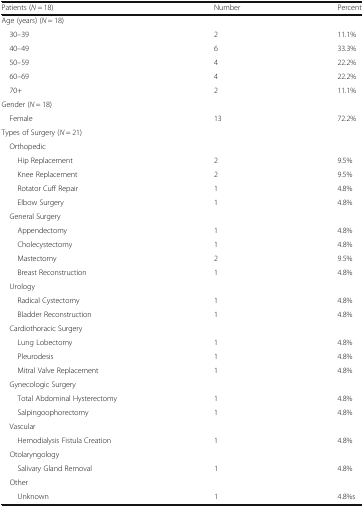
<table><thead><tr><td><b>Patients (<i>N</i> = 18)</b></td><td><b>Number</b></td><td><b>Percent</b></td></tr></thead><tbody><tr><td colspan="3">Age (years) (<i>N</i> = 18)</td></tr><tr><td> 30–39</td><td>2</td><td>11.1%</td></tr><tr><td> 40–49</td><td>6</td><td>33.3%</td></tr><tr><td> 50–59</td><td>4</td><td>22.2%</td></tr><tr><td> 60–69</td><td>4</td><td>22.2%</td></tr><tr><td> 70+</td><td>2</td><td>11.1%</td></tr><tr><td colspan="3">Gender (<i>N</i> = 18)</td></tr><tr><td> Female</td><td>13</td><td>72.2%</td></tr><tr><td colspan="3">Types of Surgery (<i>N</i> = 21)</td></tr><tr><td colspan="3"> Orthopedic</td></tr><tr><td>Hip Replacement</td><td>2</td><td>9.5%</td></tr><tr><td>Knee Replacement</td><td>2</td><td>9.5%</td></tr><tr><td>Rotator Cuff Repair</td><td>1</td><td>4.8%</td></tr><tr><td>Elbow Surgery</td><td>1</td><td>4.8%</td></tr><tr><td colspan="3"> General Surgery</td></tr><tr><td>Appendectomy</td><td>1</td><td>4.8%</td></tr><tr><td>Cholecystectomy</td><td>1</td><td>4.8%</td></tr><tr><td>Mastectomy</td><td>2</td><td>9.5%</td></tr><tr><td>Breast Reconstruction</td><td>1</td><td>4.8%</td></tr><tr><td colspan="3"> Urology</td></tr><tr><td>Radical Cystectomy</td><td>1</td><td>4.8%</td></tr><tr><td>Bladder Reconstruction</td><td>1</td><td>4.8%</td></tr><tr><td colspan="3"> Cardiothoracic Surgery</td></tr><tr><td>Lung Lobectomy</td><td>1</td><td>4.8%</td></tr><tr><td>Pleurodesis</td><td>1</td><td>4.8%</td></tr><tr><td>Mitral Valve Replacement</td><td>1</td><td>4.8%</td></tr><tr><td colspan="3"> Gynecologic Surgery</td></tr><tr><td>Total Abdominal Hysterectomy</td><td>1</td><td>4.8%</td></tr><tr><td>Salpingoophorectomy</td><td>1</td><td>4.8%</td></tr><tr><td colspan="3"> Vascular</td></tr><tr><td>Hemodialysis Fistula Creation</td><td>1</td><td>4.8%</td></tr><tr><td colspan="3"> Otolaryngology</td></tr><tr><td>Salivary Gland Removal</td><td>1</td><td>4.8%</td></tr><tr><td colspan="3"> Other</td></tr><tr><td>Unknown</td><td>1</td><td>4.8%s</td></tr></tbody></table>